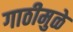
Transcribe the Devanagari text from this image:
गाठीमुळे